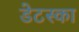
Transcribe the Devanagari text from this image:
डेटस्का